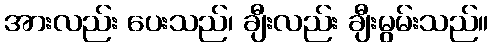
အားလည်း ပေးသည်၊ ချီးလည်း ချီးမွမ်းသည်။